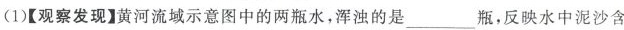
(1)【观察发现】黄河流域示意图中的两瓶水，浑浊的是\underline瓶，反映水中泥沙含